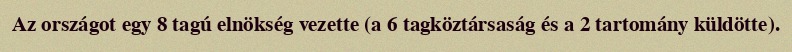
Az országot egy 8 tagú elnökség vezette (a 6 tagköztársaság és a 2 tartomány küldötte).